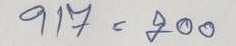
917 = 200